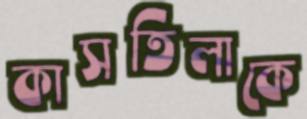
কাসতিলাকে